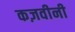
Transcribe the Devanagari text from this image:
कज़वीनी